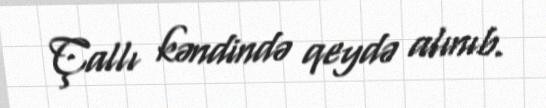
Çallı kəndində qeydə alınıb.